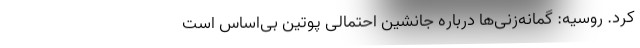
کرد. روسیه: گمانه‌زنی‌ها درباره جانشین احتمالی پوتین بی‌اساس است